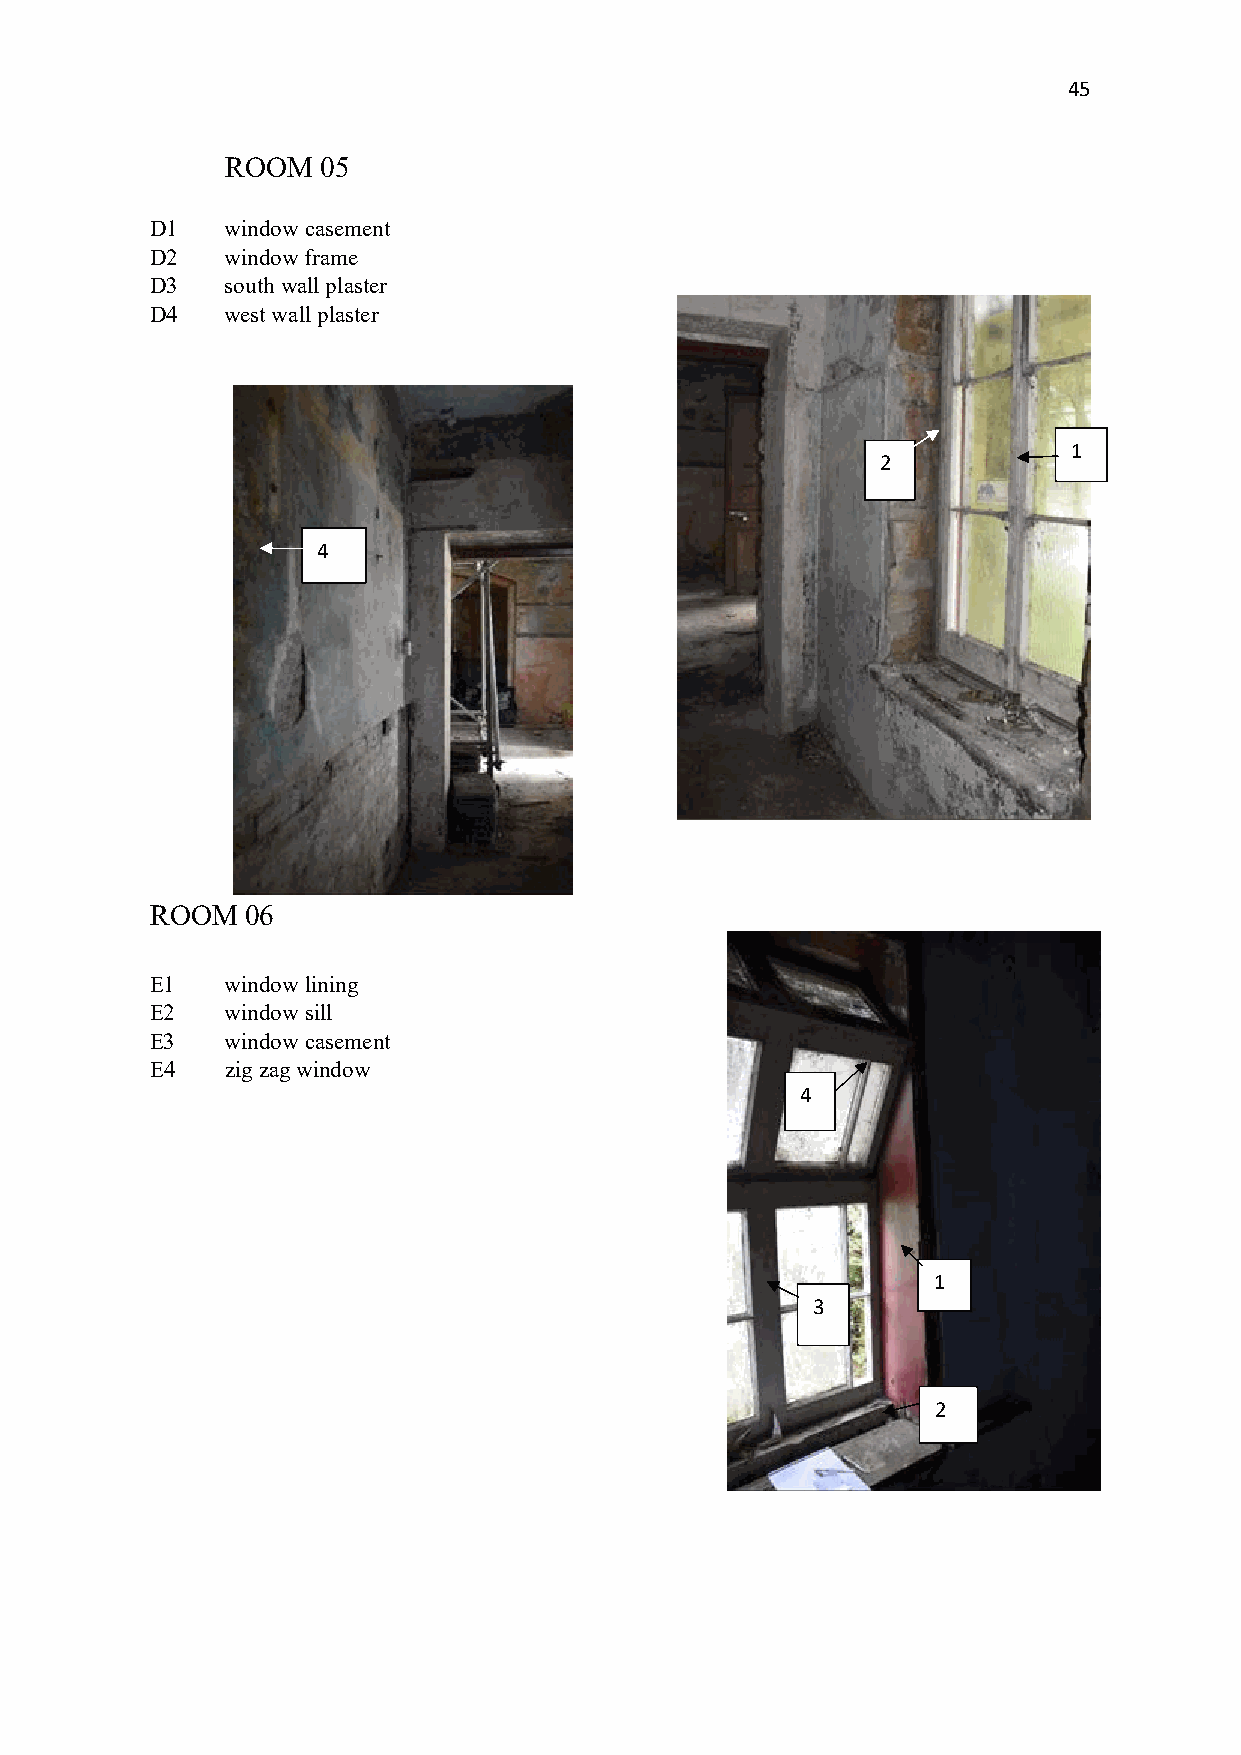
45
 ROOM  05
 D1   window casement
 D2   window frame
 D3   south wall plaster
 D4   west wall plaster
 1
 2
 4
 ROOM  06
 E1   window lining
 E2   window sill
 E3   window casement
 E4   zig zag window
 4
 1
 3
 2